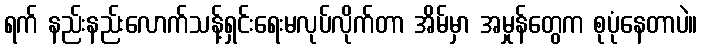
ရက် နည်းနည်းလောက်သန့်ရှင်းရေးမလုပ်လိုက်တာ အိမ်မှာ အမှုန်တွေက စုပုံနေတာပဲ။